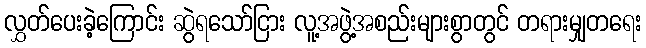
လွှတ်ပေးခဲ့ကြောင်း ဆွဲရသော်ငြား လူ့အဖွဲ့အစည်းများစွာတွင် တရားမျှတရေး